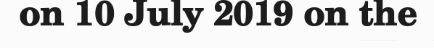
on 10 July 2019 on the